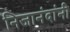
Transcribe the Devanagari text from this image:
निजानंदांनी